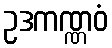
ဥဒကဏ္ဏဝံ